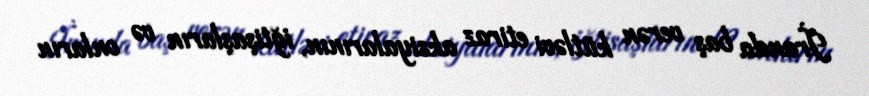
İranda baş verən kütləvi etiraz aksiyalarının, iğtişaşların və onların